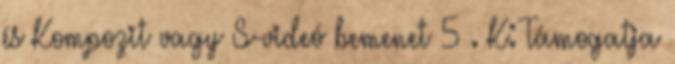
és Kompozit vagy S-videó bemenet 5 . K: Támogatja